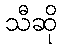
သီဆို